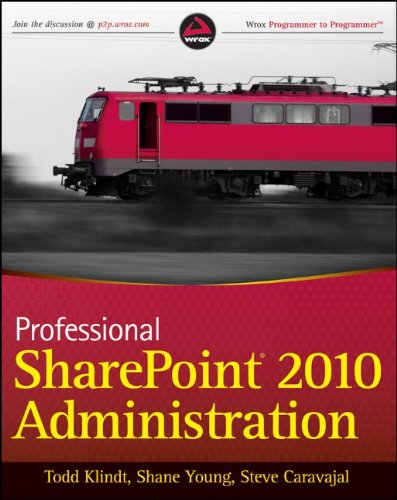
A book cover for Professional SharePoint 2010 Administration; Todd Klindt; Computers & Technology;